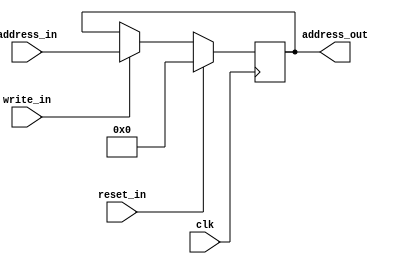
module PCReg(address_out, address_in, clk, reset_in, write_in);

  output [31:0] address_out;
  input [31:0] address_in;
  input clk, reset_in, write_in;

  reg [31:0] state_internal;

  always@(posedge clk) begin
    if(reset_in == 1'b1) begin
      state_internal <= 32'b0;
    end
    else begin
      if(write_in == 1'b1)
        state_internal <= address_in;
    end
  end

  assign address_out = state_internal;

endmodule